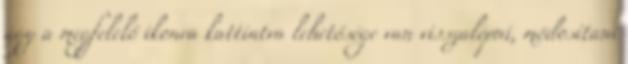
úgy a megfelelő ikonra kattintva lehetősége van visszalépni, módosítani